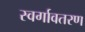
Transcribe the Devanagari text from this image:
स्वर्गावतरण